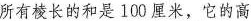
所有棱长的和是100厘米，它的高